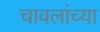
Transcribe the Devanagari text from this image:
चावलांच्या